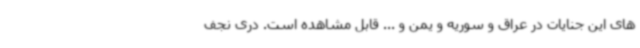
های این جنایات در عراق و سوریه و یمن و ... قابل مشاهده است. دری نجف